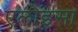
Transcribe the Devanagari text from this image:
एलोइसा